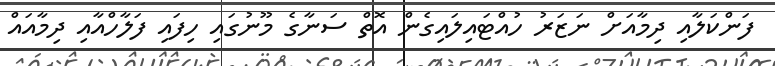
ފަންކަލާއި ދިމާއަށް ނަޒަރު ހުއްޓައިލައިގެން އޮތް ސަނާގެ މޫނުގައި ހިފައި ފަލާހްއާއި ދިމާއައް